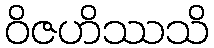
ဝိဇဟိဿသိ